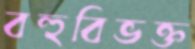
বহুবিভক্ত